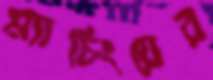
ম্যাচিংয়ের